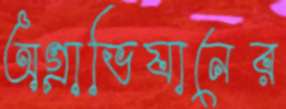
অগ্রাভিযানের